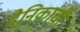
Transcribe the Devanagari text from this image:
दैनिकांची